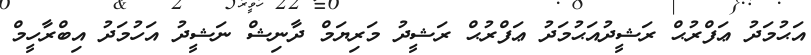
އަޙުމަދު ޢަފްރުޙް ރަޝީދުއަޙުމަދު ޢަފްރުޙް ރަޝީދު މަރިޔަމް ދާނިޝް ނަޝީދު އަހުމަދު އިބްރާހީމް